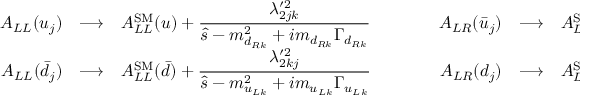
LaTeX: \begin{array} { r c l c r c l } { { A _ { L L } ( u _ { j } ) } } & { { \longrightarrow } } & { { \displaystyle A _ { L L } ^ { \mathrm { S M } } ( u ) + \frac { \lambda _ { 2 j k } ^ { \prime 2 } } { \hat { s } - m _ { d _ { R k } } ^ { 2 } + i m _ { d _ { R k } } \Gamma _ { d _ { R k } } } } } & { { \qquad } } & { { A _ { L R } ( \bar { u } _ { j } ) } } & { { \longrightarrow } } & { { \displaystyle A _ { L R } ^ { \mathrm { S M } } ( \bar { u } ) + \frac { \lambda _ { 2 j k } ^ { \prime 2 } } { \hat { u } - m _ { d _ { R k } } ^ { 2 } } } } \\ { { A _ { L L } ( \bar { d } _ { j } ) } } & { { \longrightarrow } } & { { \displaystyle A _ { L L } ^ { \mathrm { S M } } ( \bar { d } ) + \frac { \lambda _ { 2 k j } ^ { \prime 2 } } { \hat { s } - m _ { u _ { L k } } ^ { 2 } + i m _ { u _ { L k } } \Gamma _ { u _ { L k } } } } } & { { \qquad } } & { { A _ { L R } ( d _ { j } ) } } & { { \longrightarrow } } & { { \displaystyle A _ { L R } ^ { \mathrm { S M } } ( d ) + \frac { \lambda _ { 2 k j } ^ { \prime 2 } } { \hat { u } - m _ { u _ { L k } } ^ { 2 } } } } \end{array} \; ,